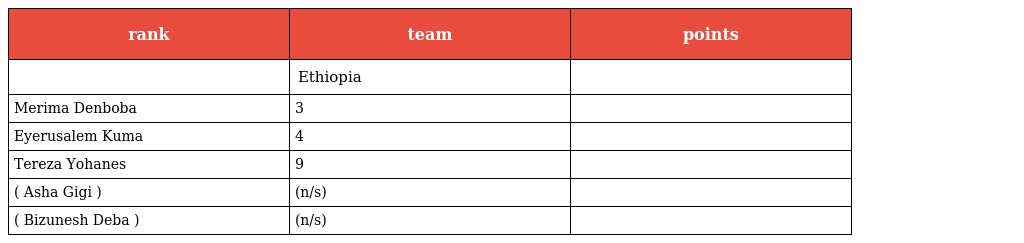
| rank | team | points |
 | --- | --- | --- |
 |  | Ethiopia |  |
 | Merima Denboba | 3 |  |
 | Eyerusalem Kuma | 4 |  |
 | Tereza Yohanes | 9 |  |
 | ( Asha Gigi ) | (n/s) |  |
 | ( Bizunesh Deba ) | (n/s) |  |